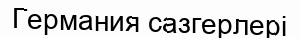
Германия сазгерлері